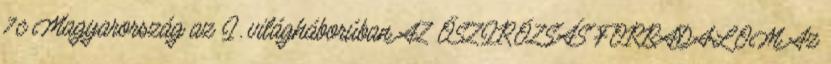
7.c Magyarország az I. világháborúban AZ ŐSZIRÓZSÁS FORRADALOM Az